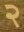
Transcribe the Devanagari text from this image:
२